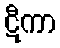
ဋီကာ